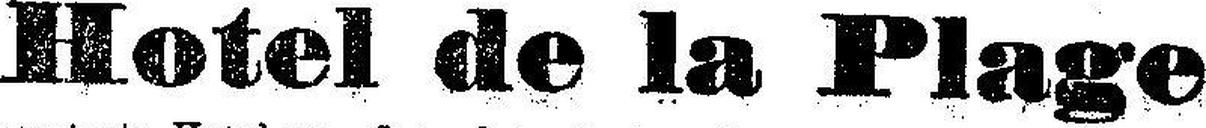
Hotel de la Plage